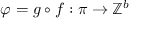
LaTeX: \varphi = g \circ f : \pi \to \mathbb { Z } ^ { b }